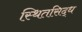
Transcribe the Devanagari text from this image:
स्थितसिद्ध